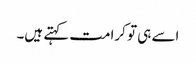
اسے ہی تو کرامت کہتے ہیں۔